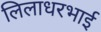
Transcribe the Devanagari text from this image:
लिलाधरभाई